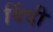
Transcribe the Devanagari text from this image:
विंदी